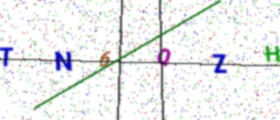
Text: TN6QZH